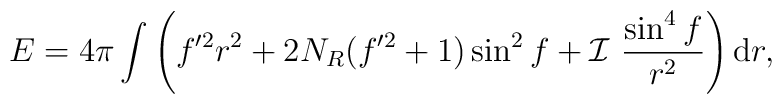
E = 4 \pi \int\left(f^{\prime 2} r^2 + 2 N_R (f^{\prime 2} + 1) \sin^2 f +{\cal I}~ \frac{\sin^4 f}{r^2}\right){\rm d} r,